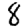
Digit: 8